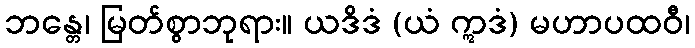
ဘန္တေ၊ မြတ်စွာဘုရား။ ယဒိဒံ (ယံ ဣဒံ) မဟာပထဝီ၊